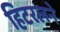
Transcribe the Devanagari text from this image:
हिटरलने